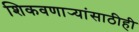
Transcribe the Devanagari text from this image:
शिकवणार्‍यांसाठीही